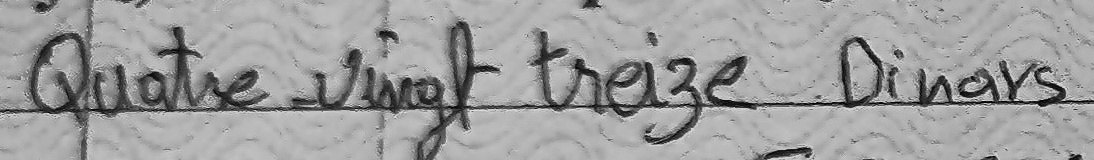
Quatre-vingt treize Dinars